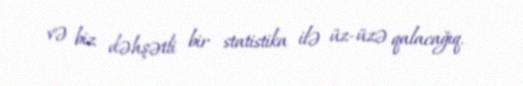
və biz dəhşətli bir statistika ilə üz-üzə qalacağıq.